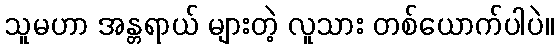
သူမဟာ အန္တရာယ် များတဲ့ လူသား တစ်ယောက်ပါပဲ။